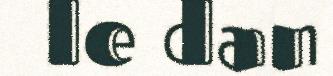
le dan